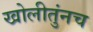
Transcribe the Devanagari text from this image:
खोलीतुंनच